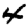
Digit: 4